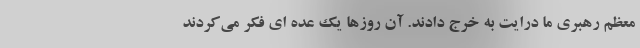
معظم رهبری ما درایت به خرج دادند. آن روزها یک عده ای فکر می‌کردند